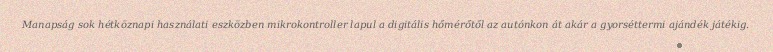
Manapság sok hétköznapi használati eszközben mikrokontroller lapul a digitális hőmérőtől az autónkon át akár a gyorséttermi ajándék játékig.